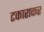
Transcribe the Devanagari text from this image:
टकाराकर